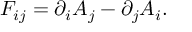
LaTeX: F _ { i j } = \partial _ { i } A _ { j } - \partial _ { j } A _ { i } .